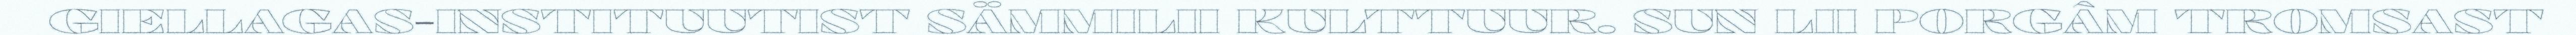
GIELLAGAS-INSTITUUTIST SÄMMILII KULTTUUR. SUN LII PORGÂM TROMSAST